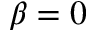
\beta = 0